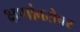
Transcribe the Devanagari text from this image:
क्षणांबरोबर